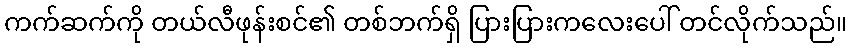
ကက်ဆက်ကို တယ်လီဖုန်းစင်၏ တစ်ဘက်ရှိ ပြားပြားကလေးပေါ် တင်လိုက်သည်။